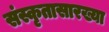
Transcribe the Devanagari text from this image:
संस्कृतासारख्या